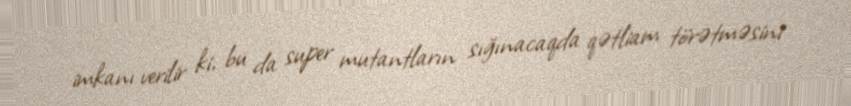
imkanı verilir ki, bu da super mutantların sığınacaqda qətliam törətməsini